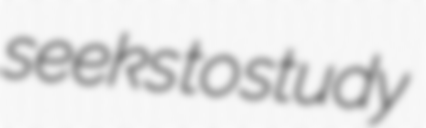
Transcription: seeks to study